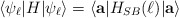
\begin{align*}\langle \psi_\ell |H| \psi_\ell \rangle = \langle {\bf a}| H_{SB}(\ell) | {\bf a} \rangle\end{align*}